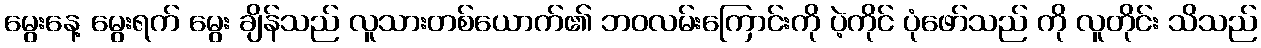
မွေးနေ့ မွေးရက် မွေး ချိန်သည် လူသားတစ်ယောက်၏ ဘဝလမ်းကြောင်းကို ပဲ့ကိုင် ပုံဖော်သည် ကို လူတိုင်း သိသည်